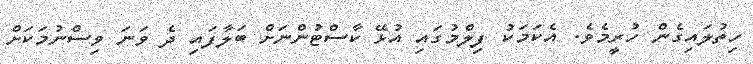
ހިތުލައިގެން ހުރީމެެވެ. އެކަމަކު ފިލްމުގައި އުޅޭ ކާސްޓުންނަށް ބަލާފައި ދެ ވަނަ ވިސްނުމަކަށް